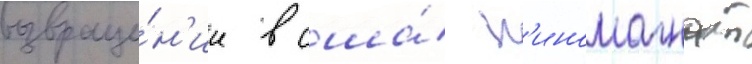
возвраще́н'ии в сша́ к'иномагнат